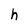
Character: h